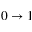
0 \rightarrow 1